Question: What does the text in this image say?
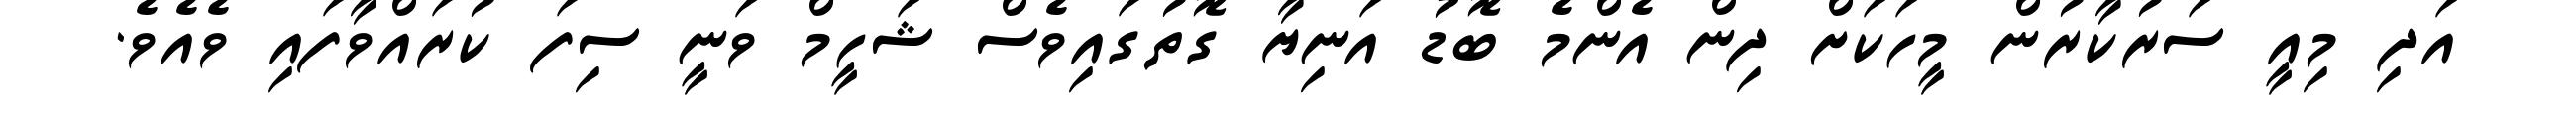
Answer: އަދި މިއީ ސަރުކާރުން މީހަކަށް ދިން އެންމެ ބޮޑު އަނިޔާ ގޮތުގައިވެސް ޝަހީމް ވަނީ ސިފަ ކުރައްވާފައި ވެއެވެ.